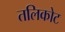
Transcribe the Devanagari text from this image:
तलिकोट